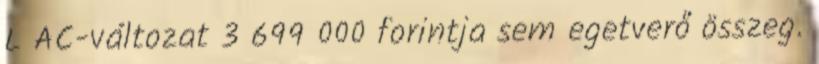
L AC-változat 3 699 000 forintja sem egetverő összeg.